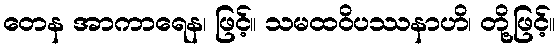
တေန အာကာရေန၊ ဖြင့်။ သမထဝိပဿနာဟိ၊ တို့ဖြင့်။